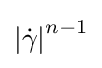
\left|{\dot {\gamma }}\right|^{n-1}